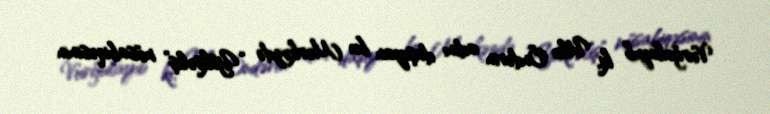
Vurğulayıb ki, Ulu Öndərin adını daşıyan bu Mərkəzdə “Yüksəliş” müsabiqəsinin